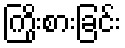
ကြိုးစားခြင်း